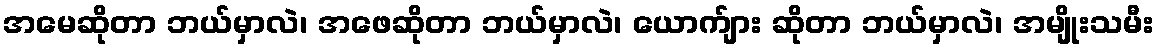
အမေဆိုတာ ဘယ်မှာလဲ၊ အဖေဆိုတာ ဘယ်မှာလဲ၊ ယောက်ျား ဆိုတာ ဘယ်မှာလဲ၊ အမျိုးသမီး